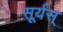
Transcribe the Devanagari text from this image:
सूर्यस्